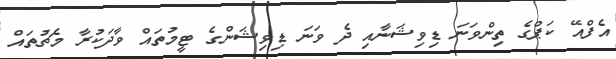
އެފްއޭ ކަޕްގެ ތިންވަނަ ޑިވިޝަނާއި ދެ ވަނަ ޑިވިޝަންގެ ޓީމުތައް ވާދަކުރާ މެޗުތައް